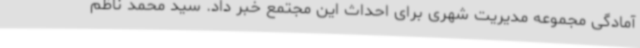
آمادگی مجموعه مدیریت شهری برای احداث این مجتمع خبر داد. سید محمد ناظم